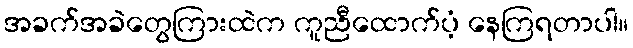
အခက်အခဲတွေကြားထဲက ကူညီထောက်ပံ့ နေကြရတာပါ။